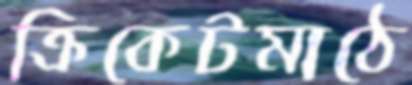
ক্রিকেটমাঠে